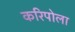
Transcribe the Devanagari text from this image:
करिपोला